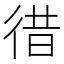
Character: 徣